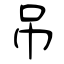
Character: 吊